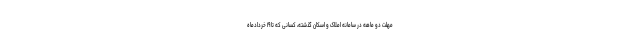
مهلت دو ماهه در سامانه املاک و اسکان گذشته، کسانی که تا ۱۹ خردادماه